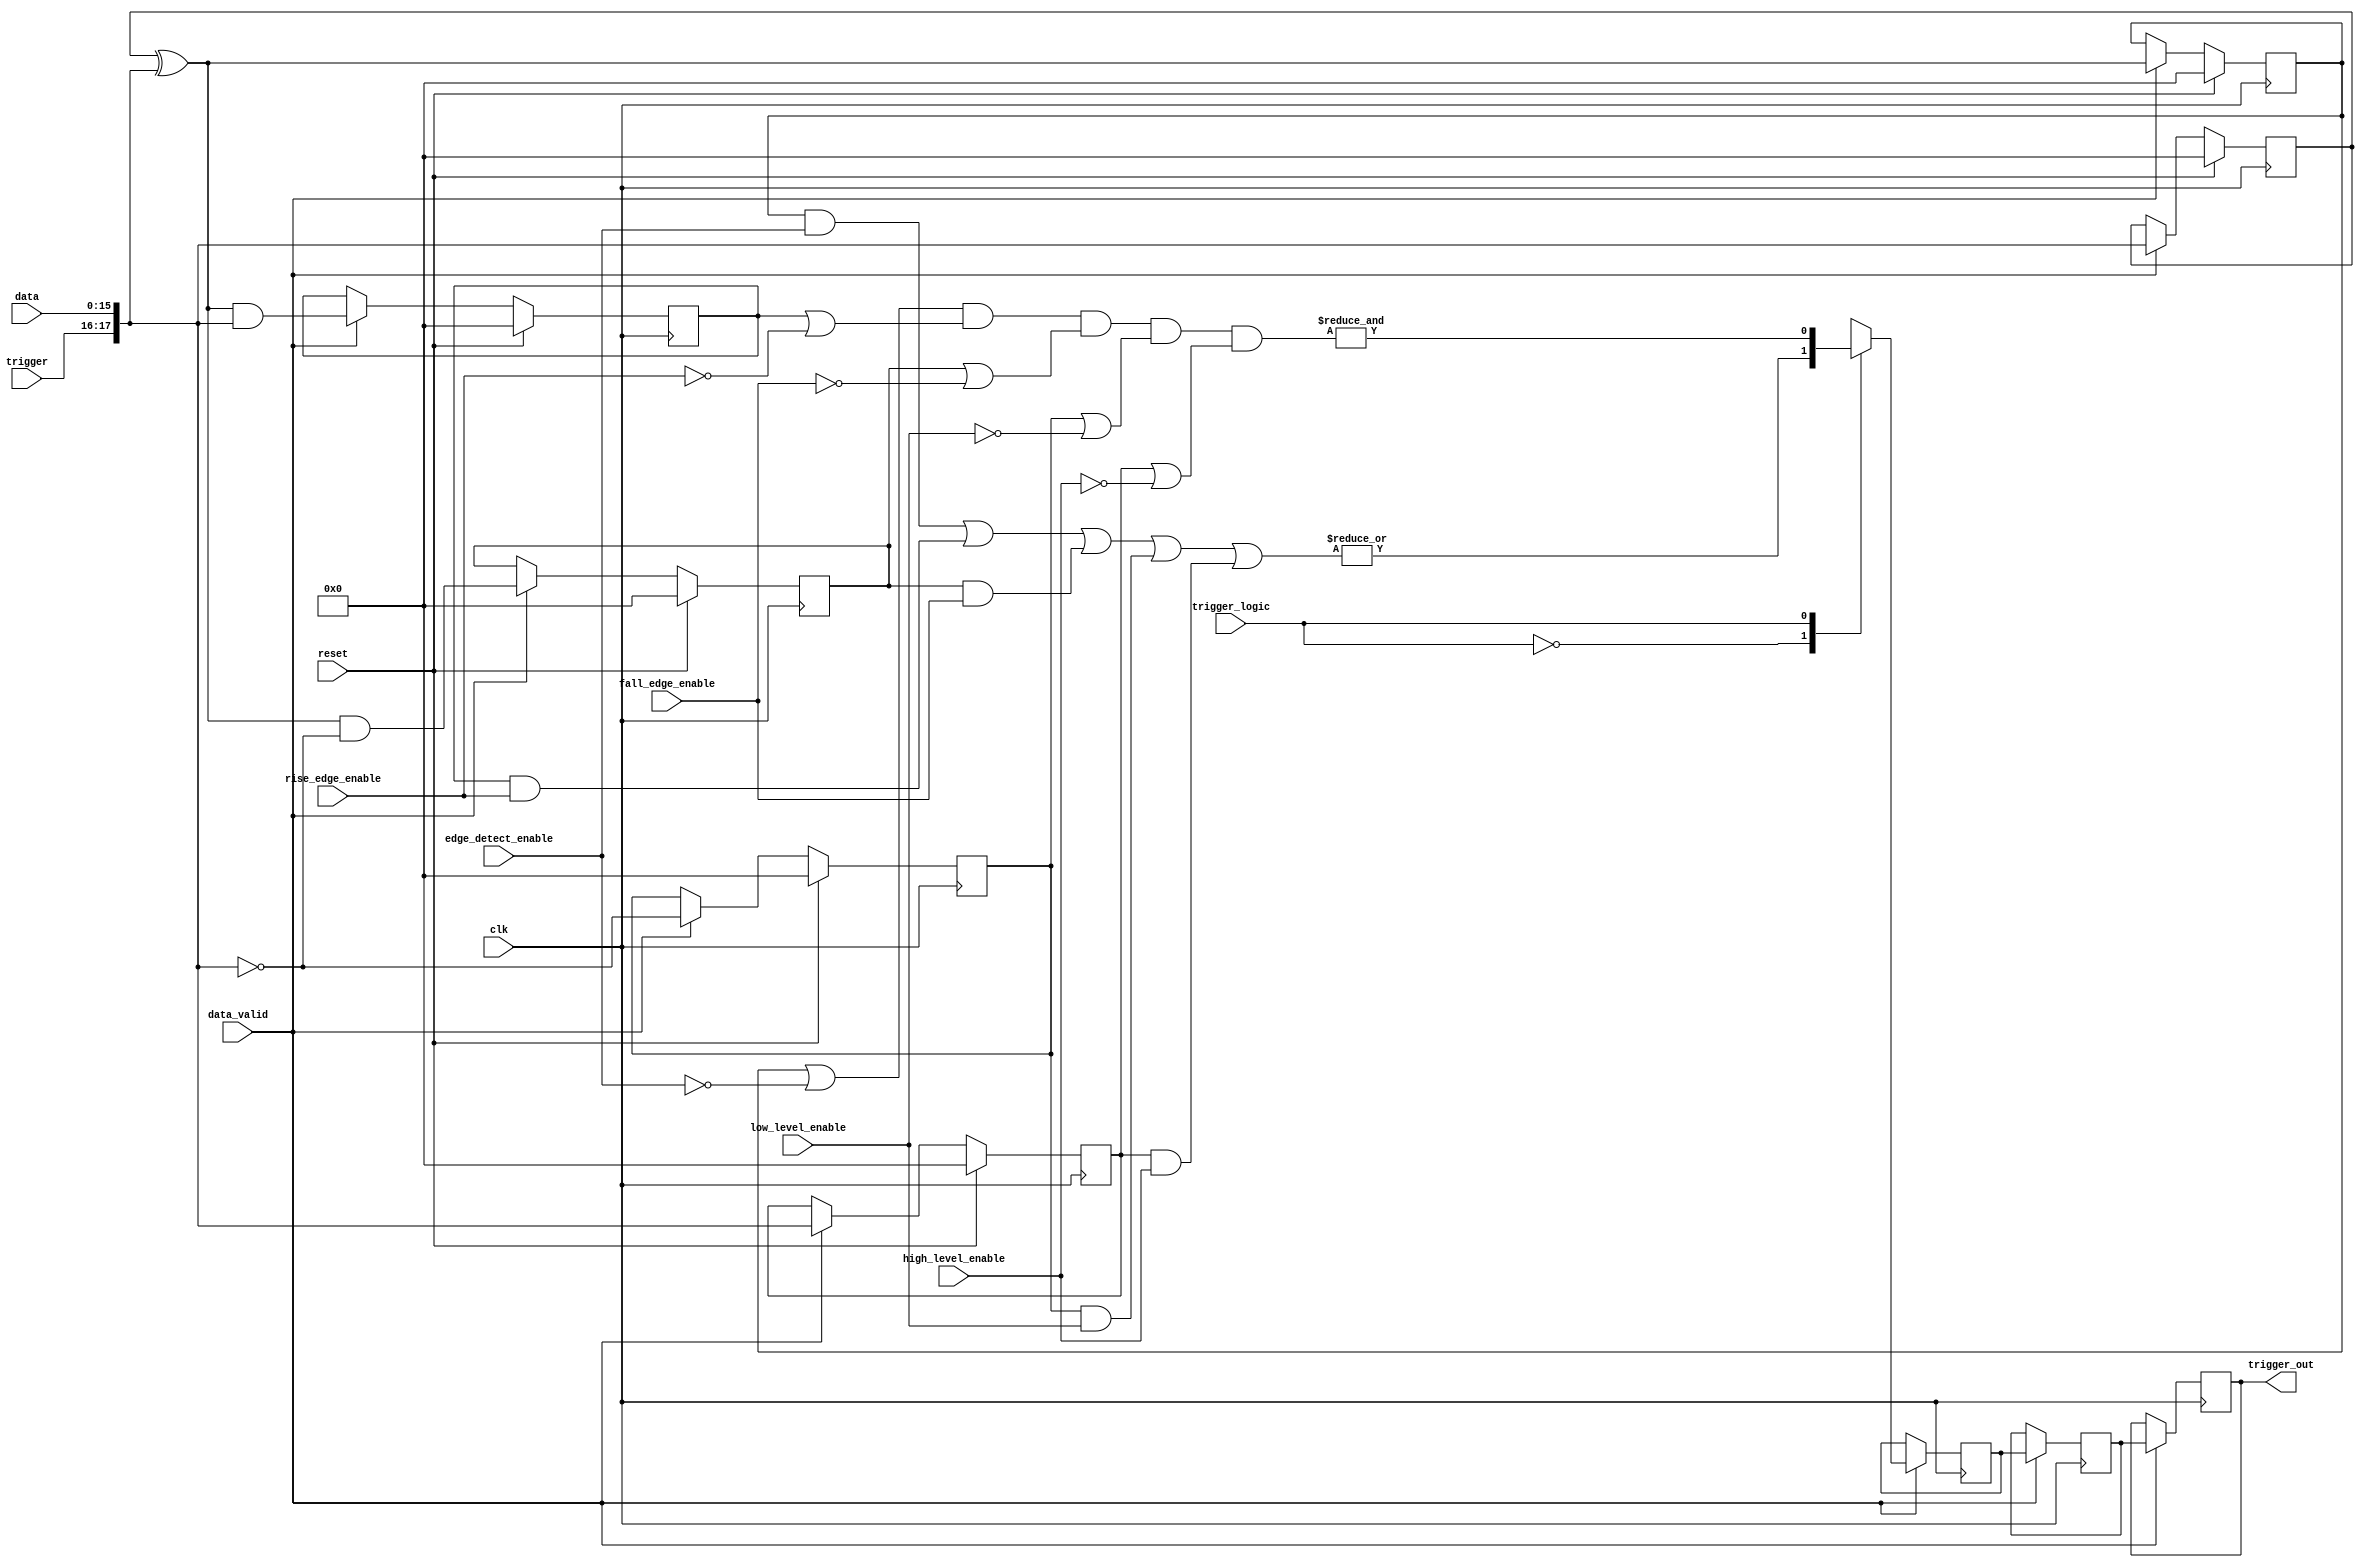
// ***************************************************************************
// ***************************************************************************
// Copyright 2014 - 2017 (c) Analog Devices, Inc. All rights reserved.
//
// In this HDL repository, there are many different and unique modules, consisting
// of various HDL (Verilog or VHDL) components. The individual modules are
// developed independently, and may be accompanied by separate and unique license
// terms.
//
// The user should read each of these license terms, and understand the
// freedoms and responsibilities that he or she has by using this source/core.
//
// This core is distributed in the hope that it will be useful, but WITHOUT ANY
// WARRANTY; without even the implied warranty of MERCHANTABILITY or FITNESS FOR
// A PARTICULAR PURPOSE.
//
// Redistribution and use of source or resulting binaries, with or without modification
// of this file, are permitted under one of the following two license terms:
//
//   1. The GNU General Public License version 2 as published by the
//      Free Software Foundation, which can be found in the top level directory
//      of this repository (LICENSE_GPL2), and also online at:
//      <https://www.gnu.org/licenses/old-licenses/gpl-2.0.html>
//
// OR
//
//   2. An ADI specific BSD license, which can be found in the top level directory
//      of this repository (LICENSE_ADIBSD), and also on-line at:
//      https://github.com/analogdevicesinc/hdl/blob/master/LICENSE_ADIBSD
//      This will allow to generate bit files and not release the source code,
//      as long as it attaches to an ADI device.
//
// ***************************************************************************
// ***************************************************************************

`timescale 1ns/100ps

module axi_logic_analyzer_trigger (

  input                 clk,
  input                 reset,

  input       [15:0]    data,
  input                 data_valid,
  input       [ 1:0]    trigger,

  input       [17:0]    edge_detect_enable,
  input       [17:0]    rise_edge_enable,
  input       [17:0]    fall_edge_enable,
  input       [17:0]    low_level_enable,
  input       [17:0]    high_level_enable,

  input                 trigger_logic,

  output  reg           trigger_out);

  reg     [ 17:0]   data_m1 = 'd0;
  reg     [ 17:0]   low_level = 'd0;
  reg     [ 17:0]   high_level = 'd0;
  reg     [ 17:0]   edge_detect = 'd0;
  reg     [ 17:0]   rise_edge = 'd0;
  reg     [ 17:0]   fall_edge = 'd0;
  reg     [ 31:0]   delay_count = 'd0;

  reg              trigger_active;
  reg              trigger_active_d1;
  reg              trigger_active_d2;

  always @(posedge clk) begin
    if (data_valid == 1'b1) begin
      trigger_active_d1 <= trigger_active;
      trigger_active_d2 <= trigger_active_d1;
      trigger_out <= trigger_active_d2;
    end
  end

  // trigger logic:
  // 0 OR
  // 1 AND

  always @(*) begin
    case (trigger_logic)
      0: trigger_active = |((edge_detect & edge_detect_enable) |
                            (rise_edge & rise_edge_enable) |
                            (fall_edge & fall_edge_enable) |
                            (low_level & low_level_enable) |
                            (high_level & high_level_enable));
      1: trigger_active = &((edge_detect | ~edge_detect_enable) &
                            (rise_edge | ~rise_edge_enable) &
                            (fall_edge | ~fall_edge_enable) &
                            (low_level | ~low_level_enable) &
                            (high_level | ~high_level_enable));
      default: trigger_active = 1'b1;
    endcase
  end

  // internal signals

  always @(posedge clk) begin
    if (reset == 1'b1) begin
      data_m1 <= 'd0;
      edge_detect <= 'd0;
      rise_edge <= 'd0;
      fall_edge <= 'd0;
      low_level <= 'd0;
      high_level <= 'd0;
    end else begin
      if (data_valid == 1'b1) begin
        data_m1 <= {trigger, data} ;
        edge_detect <= data_m1 ^ {trigger, data};
        rise_edge <= (data_m1 ^ {trigger, data} ) & {trigger, data};
        fall_edge <= (data_m1 ^ {trigger, data}) & ~{trigger, data};
        low_level <= ~{trigger, data};
        high_level <= {trigger, data};
      end
    end
  end


endmodule

// ***************************************************************************
// ***************************************************************************